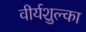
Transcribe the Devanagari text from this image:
वीर्यशुल्का